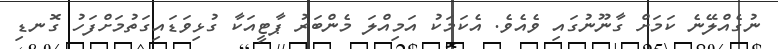
ނުގެއްލޭނެ ކަމަށް ގާނޫނުގައި ވެއެވެ. އެކަމަކު އަމިއްލަ މެންބަރު ޕާޓީއަކާ ގުޅިވަޑައިގަތުމަށްފަހު ގޮނޑި